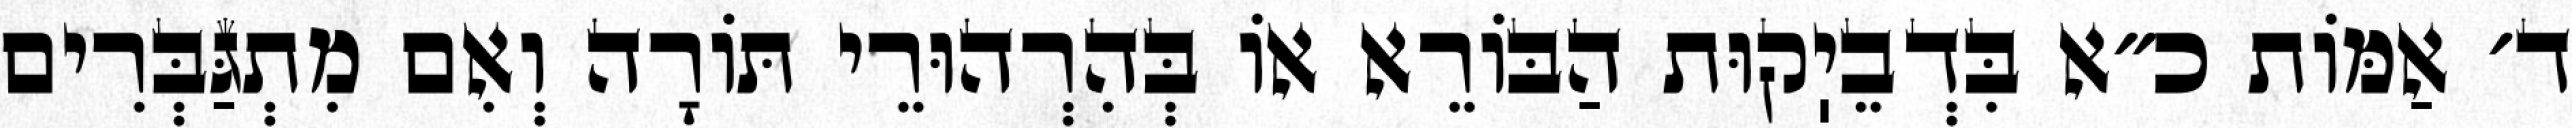
ד׳ אַמּוֹת כ״א בִּדְבֵיֽקוּת הַבּוֹרֵא אוֹ בְּהִרְהוּרֵי תּוֹרָה וְאִם מִתְגַּבְּרִים